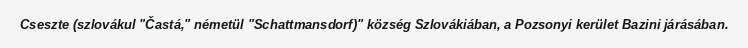
Cseszte (szlovákul "Častá," németül "Schattmansdorf)" község Szlovákiában, a Pozsonyi kerület Bazini járásában.